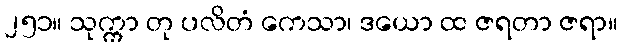
၂၅၁။ သုက္ကာ တု ပလိတံ ကေသာ၊ ဒယော ထ ဇရတာ ဇရာ။